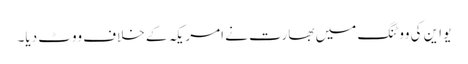
یو این کی ووٹنگ میں بھارت نے امریکہ کے خلاف ووٹ دیا۔